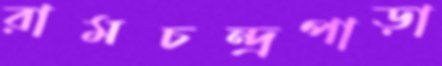
রামচন্দ্রপাড়া